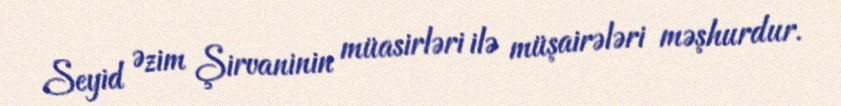
Seyid Əzim Şirvaninin müasirləri ilə müşairələri məşhurdur.